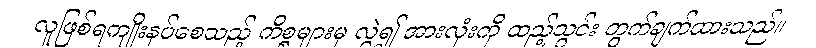
လူဖြစ်ရကျိုးနပ်စေသည့် ကိစ္စများမှ လွဲ၍ အားလုံးကို ထည့်သွင်း တွက်ချက်ထားသည်။